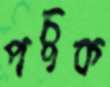
পচুক